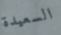
السعيدة